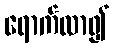
ရောက်လာ၍